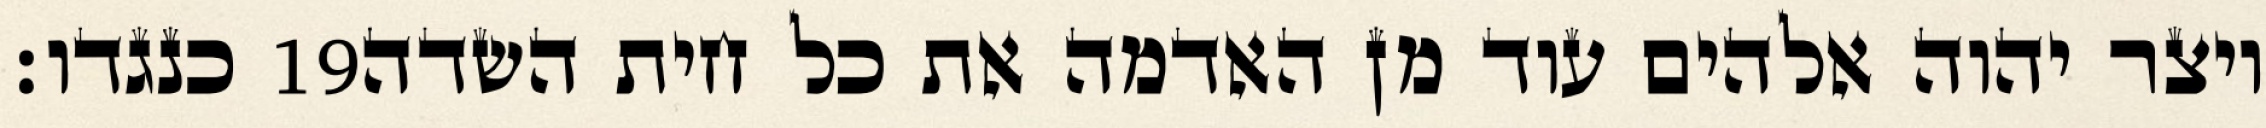
כנגדו׃ ‎19‏ ויצר יהוה אלהים עוד מן האדמה את כל חית השדה